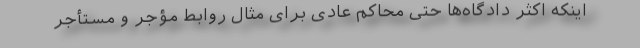
اینکه اکثر دادگاه‌ها حتی محاکم عادی برای مثال روابط مؤجر و مستأجر